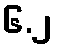
၆.၂